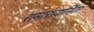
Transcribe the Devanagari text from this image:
रामारायानिंगर